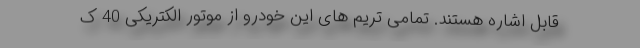
قابل اشاره هستند. تمامی تریم های این خودرو از موتور الکتریکی 40 ک